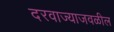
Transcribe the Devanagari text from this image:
दरवाज्याजवळील